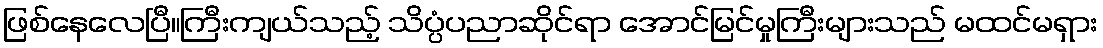
ဖြစ်နေလေပြီ။ကြီးကျယ်သည့် သိပ္ပံပညာဆိုင်ရာ အောင်မြင်မှုကြီးများသည် မထင်မရှား